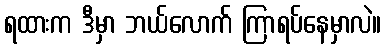
ရထားက ဒီမှာ ဘယ်လောက် ကြာရပ်နေမှာလဲ။